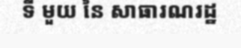
ទី មួយ នៃ សាធារណរដ្ឋ